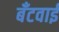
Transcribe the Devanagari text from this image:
बँटवाईं